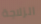
الزلاجة